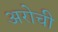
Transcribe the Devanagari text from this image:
अरोची